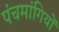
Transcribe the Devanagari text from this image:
पंचमांगियों